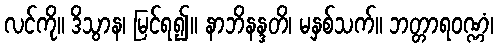
လင်ကို။ ဒိသွာန၊ မြင်ရ၍။ နာဘိနန္ဒတိ၊ မနှစ်သက်။ ဘတ္တာရဝဏ္ဏံ၊